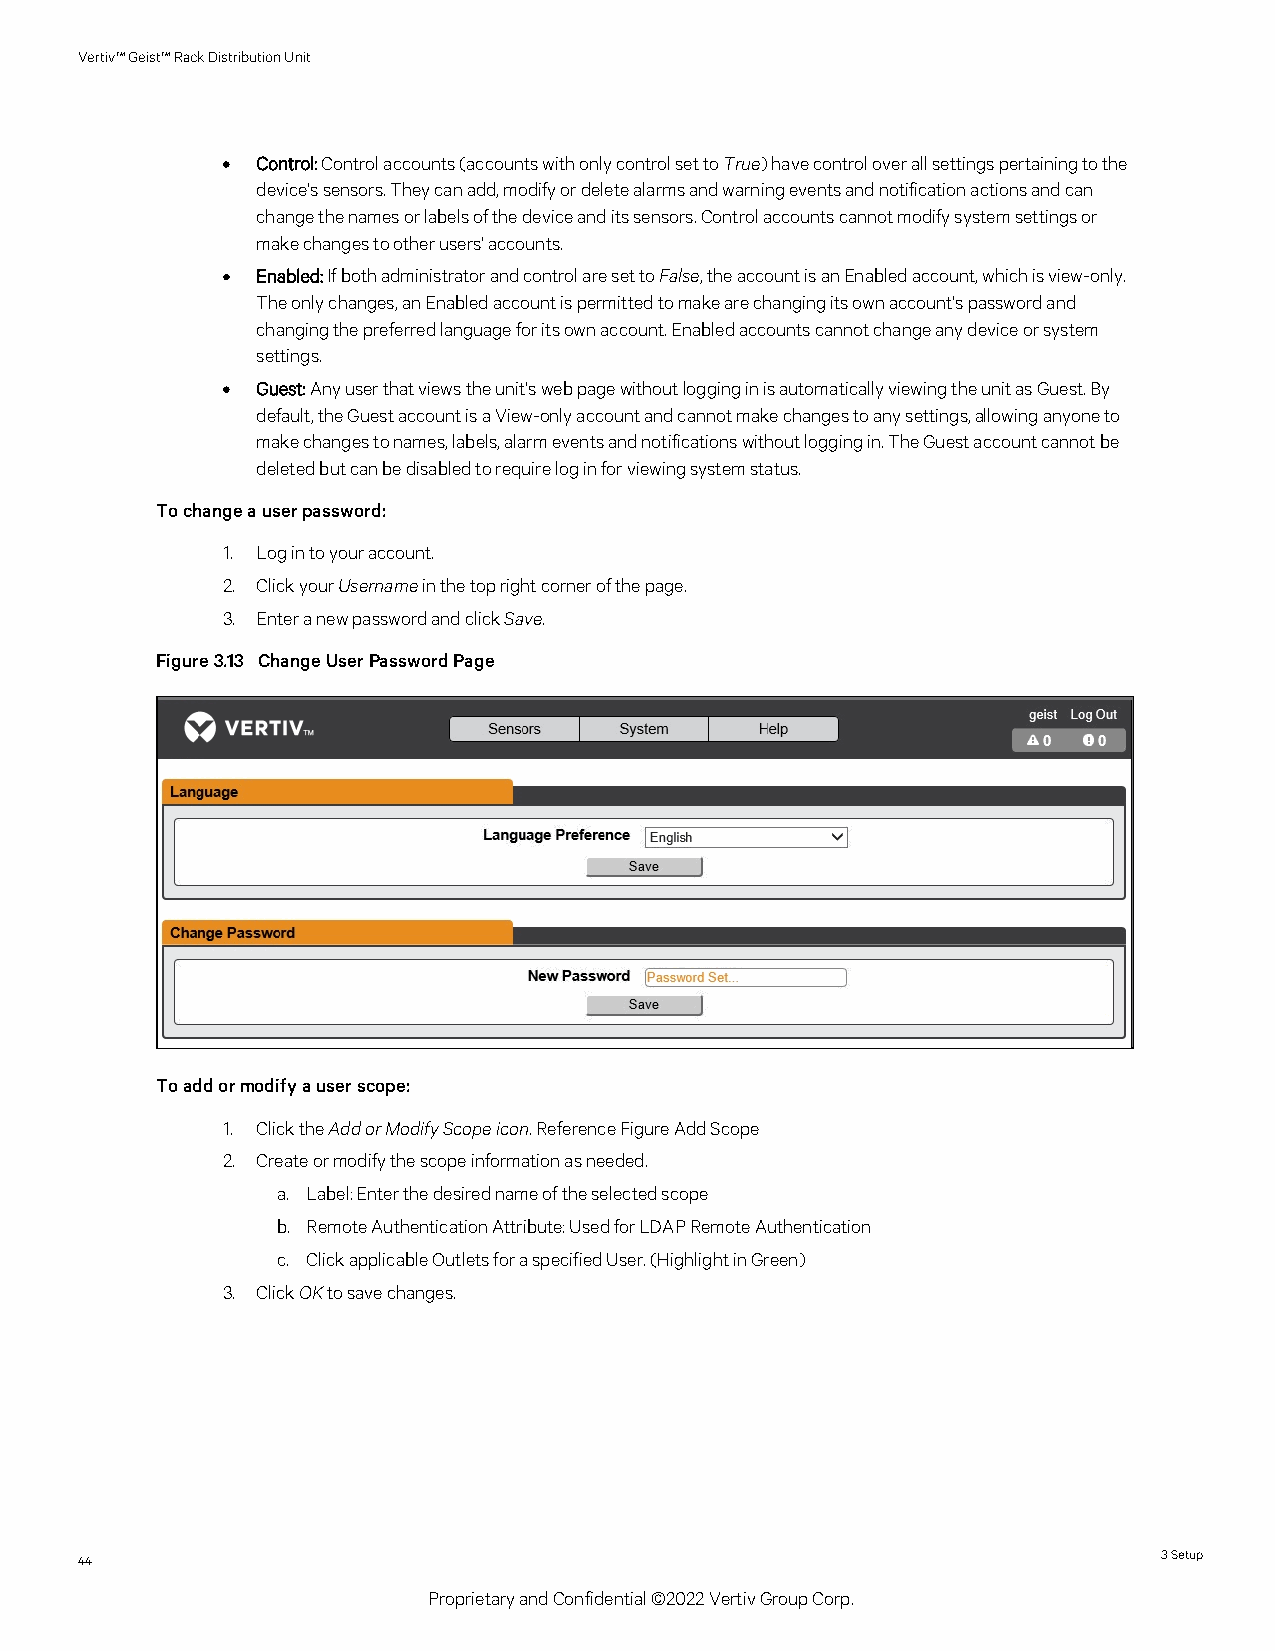
Vertiv™Geist™RackDistributionUnit
 • Control:Controlaccounts(accountswithonlycontrolsettoTrue)havecontroloverallsettingspertainingtothe
 device'ssensors.Theycanadd,modifyordeletealarmsandwarningeventsandnotificationactionsandcan
 changethenamesorlabelsofthedeviceanditssensors.Controlaccountscannotmodifysystemsettingsor
 makechangestootherusers'accounts.
 • Enabled:IfbothadministratorandcontrolaresettoFalse,theaccountisanEnabledaccount,whichisview-only.
 Theonlychanges,anEnabledaccountispermittedtomakearechangingitsownaccount'spasswordand
 changingthepreferredlanguageforitsownaccount.Enabledaccountscannotchangeanydeviceorsystem
 settings.
 • Guest:Anyuserthatviewstheunit'swebpagewithoutlogginginisautomaticallyviewingtheunitasGuest.By
 default,theGuestaccountisaView-onlyaccountandcannotmakechangestoanysettings,allowinganyoneto
 makechangestonames,labels,alarmeventsandnotificationswithoutloggingin.TheGuestaccountcannotbe
 deletedbutcanbedisabledtorequireloginforviewingsystemstatus.
 Tochangeauserpassword:
 1. Logintoyouraccount.
 2. ClickyourUsernameinthetoprightcornerofthepage.
 3. EnteranewpasswordandclickSave.
 Figure3.13 ChangeUserPasswordPage
 Toaddormodifyauserscope:
 1. ClicktheAddorModifyScopeicon.ReferenceFigureAddScope
 2. Createormodifythescopeinformationasneeded.
 a. Label:Enterthedesirednameoftheselectedscope
 b. RemoteAuthenticationAttribute:UsedforLDAPRemoteAuthentication
 c. ClickapplicableOutletsforaspecifiedUser.(HighlightinGreen)
 3. ClickOKtosavechanges.
 44                                                                      3Setup
 ProprietaryandConfidential©2022VertivGroupCorp.